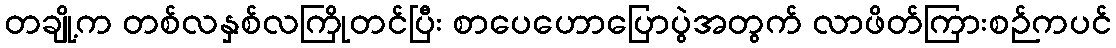
တချို့က တစ်လနှစ်လကြိုတင်ပြီး စာပေဟောပြောပွဲအတွက် လာဖိတ်ကြားစဉ်ကပင်